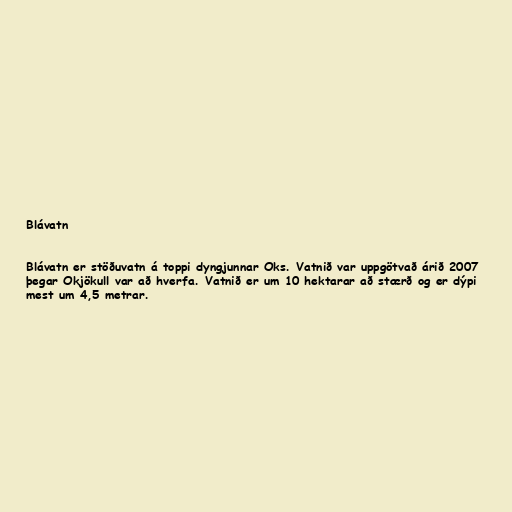
Blávatn

Blávatn er stöðuvatn á toppi dyngjunnar Oks. Vatnið var uppgötvað árið 2007
þegar Okjökull var að hverfa. Vatnið er um 10 hektarar að stærð og er dýpi
mest um 4,5 metrar.